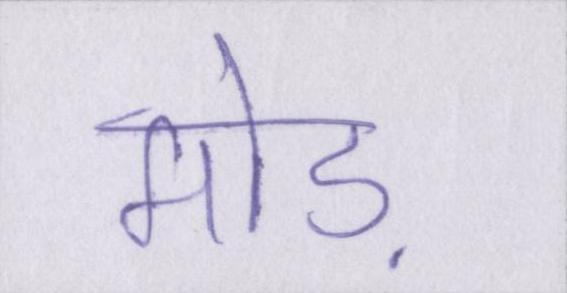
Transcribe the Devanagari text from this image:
मोड़